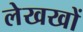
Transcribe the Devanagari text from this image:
लेखखों